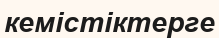
кемістіктерге